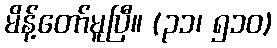
မိန့်တော်မူပြီ။ (၃၁၊ ၅၁၀)